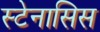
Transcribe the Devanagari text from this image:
स्टेनासिस